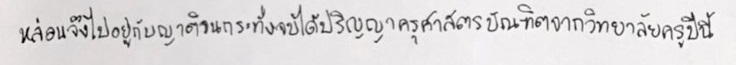
หล่อนจึงไปอยู่กับญาติจนกระทั่งจบได้ปริญญาครุศาสตรบัณฑิตจากวิทยาลัยครูปีนี้